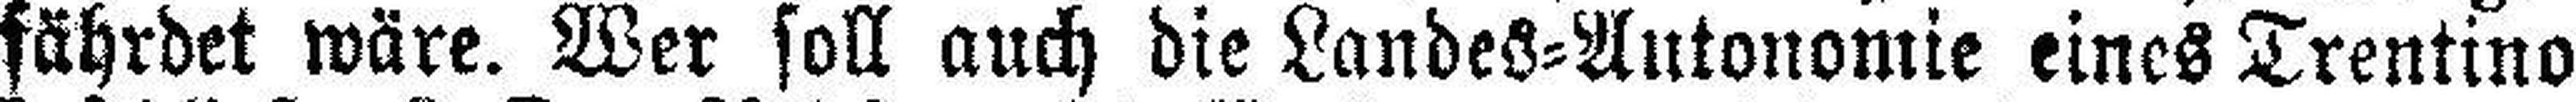
fährdet wäre. Wer soll auch die Landes=Autonomie eines Trentino